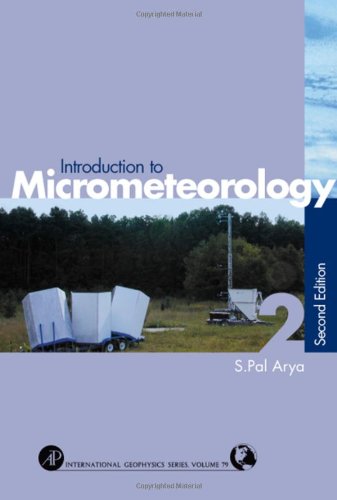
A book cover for Introduction to Micrometeorology, Volume 79, Second Edition (International Geophysics); S. Pal Arya; Science & Math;